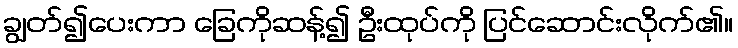
ချွတ်၍ပေးကာ ခြေကိုဆန့်၍ ဦးထုပ်ကို ပြင်ဆောင်းလိုက်၏။